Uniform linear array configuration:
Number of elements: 24
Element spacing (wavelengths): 0.25
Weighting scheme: cosine
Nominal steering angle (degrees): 15
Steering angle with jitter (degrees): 16.285
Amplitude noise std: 0.05
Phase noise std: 0.05

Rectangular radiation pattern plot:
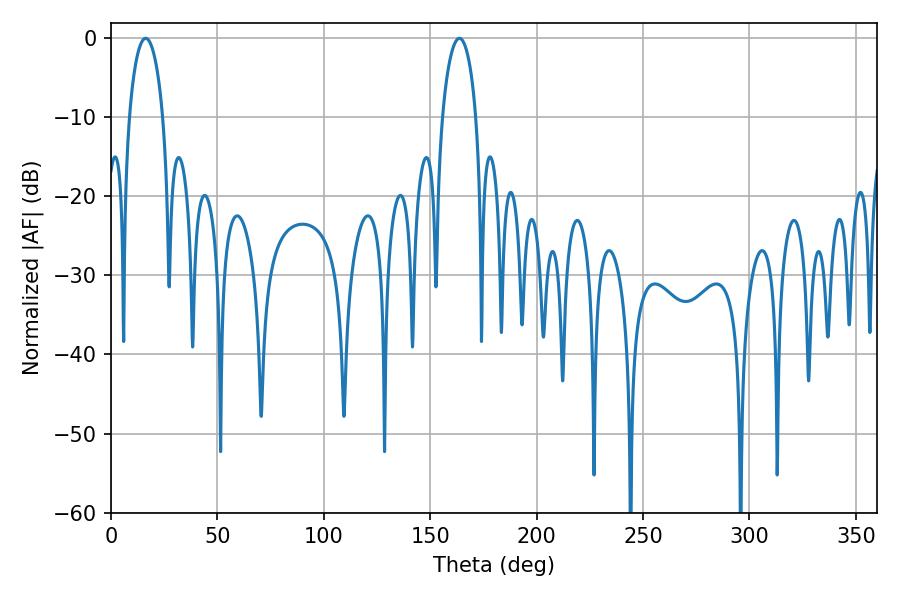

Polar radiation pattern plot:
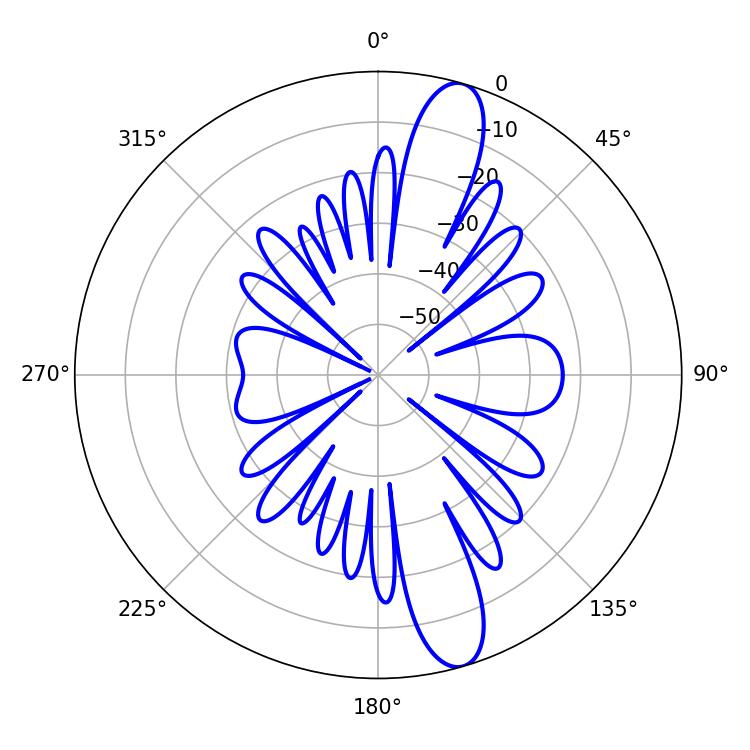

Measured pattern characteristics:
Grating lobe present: FALSE
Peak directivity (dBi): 13.06
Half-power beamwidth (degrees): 9
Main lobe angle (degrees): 16.2